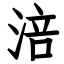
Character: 涪